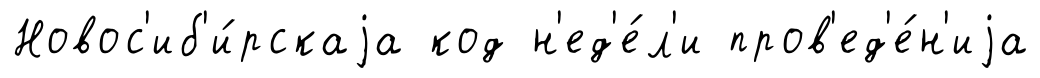
Новос'иб'и́рскаjа код н'ед'е́л'и пров'ед'е́н'иjа